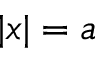
| x | = a